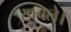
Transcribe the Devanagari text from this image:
खचले।